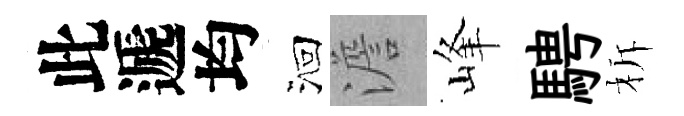
此遞均洄澹峰騁柝